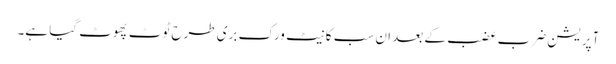
آپریشن ضرب عضب کے بعد ان سب کا نیٹ ورک بری طرح ٹوٹ پھوٹ گیا ہے۔